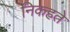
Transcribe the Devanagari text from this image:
निकहते